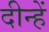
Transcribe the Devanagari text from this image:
दीन्‍हें